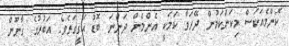
ކޮންމެއަކަސް މިކަންކަމުން ދޭހަވާ ކަމަކީ އެންމެން ދަންނަ ބޮޑު ޙަޤީގަތެވެ. އަބުރުގެ ޤާނޫން